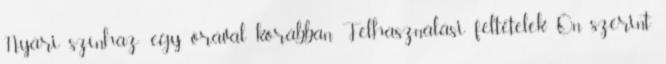
Nyári színház: egy órával korábban Felhasználási feltételek Ön szerint